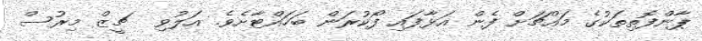
ޕާންފޮތިތަކުގެ މައްޗަށް ފެން އަޅާފައި ފޯކުރަން ބަހައްޓާށެވެ. އަލުވި  ޗީޒް މިރުސް